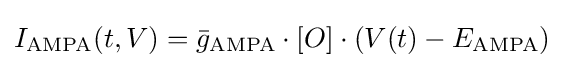
I_{\mathrm {AMPA} }(t,V)={\bar {g}}_{\mathrm {AMPA} }\cdot [O]\cdot (V(t)-E_{\mathrm {AMPA} })